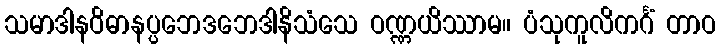
သမာဒါနဝိဓာနပ္ပဘေဒဘေဒါနိသံသေ ဝဏ္ဏယိဿာမ။ ပံသုကူလိကင်္ဂံ တာဝ